Malaria in the Andamans - Number 56
Disease focus: Malaria
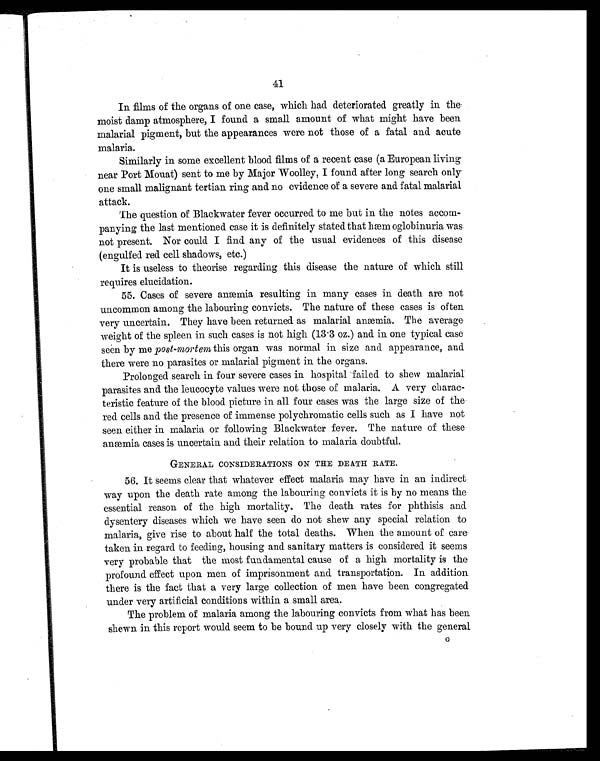
41
In films of the organs of one case, which had deteriorated greatly in. the
moist damp atmosphere, I found a small amount of what might have been
malarial pigment, but the appearances were not those of a fatal and acute
malaria.
Similarly in some excellent blood films of a recent case (a European living
near Port Mouat) sent to me by Major Woolley, I found after long search only
one small malignant tertian ring and no evidence of a severe and fatal malarial
attack.
The question of Blackwater fever occurred to me but in the notes accom-
panying the last mentioned case it is definitely stated that hæm oglobinuria was
not present. Nor could I find any of the usual evidences of this disease
(engulfed red cell shadows, etc.)
It is useless to theorise regarding this disease the nature of which still
requires elucidation.
55. Cases of sever e anæmi a r esul t i ng i n many cases i n deat h ar e not
uncommon among the labouring convicts. The nature of these cases is often
very uncertain. They have been returned as malarial anæmia. The average
weight of the spleen in such cases is not high (13.3 oz.) and. in one typical case
seen by me post-mortem this organ was normal in size and appearance, and
there were no parasites or malarial pigment in the organs.
Prolonged search in four severe cases in hospital failed to shew malarial
parasites and the leucocyte values were not those of malaria. A very charac-
teristic feature of the blood picture in all four cases was the large size of the
red cells and the presence of immense polychromatic cells such as I have not
seen either in malaria or following Blackwater fever. The nature of these
a n æ m i a c a s e s i s u n c e r t a i n a n d t h e i r r e l a t i o n t o m a l a r i a d o u b t f u l .
GENERAL CONSIDERATIONS ON THE DEATH RATE.
56. It seems clear that whatever effect malaria may have in an indirect
way upon the death rate among the labouring convicts it is by no means the
essential reason of the high mortality. The death rates for phthisis and
dysentery diseases which we have seen do not shew any special relation to
malaria, give rise to about half the total deaths. When the amount of care
taken in regard to feeding, housing and sanitary matters is considered it seems
very probable that the most fundamental cause of a high mortality is the
profound effect upon men of imprisonment and. transportation. In addition
there is the fact that a very large collection of men have been congregated
under very artificial conditions within a small area.
The problem of malaria among the labouring convicts from what has been
shewn in this report would seem to be bound up very closely with the general
G